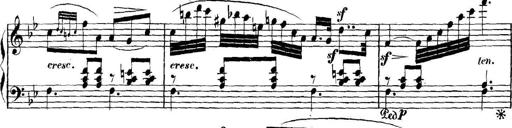
Title: Collected Piano Sonatas
Composer: Muzio Clementi